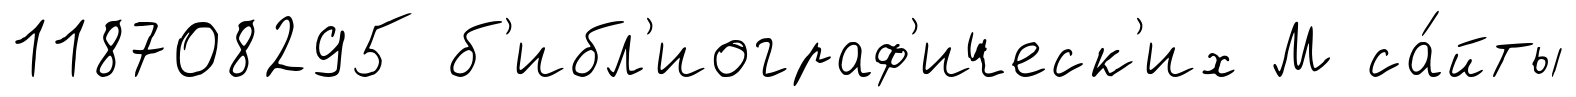
118708295 б'ибл'иограф'ическ'их М са́йты